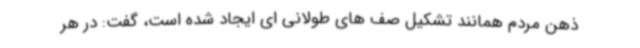
ذهن مردم همانند تشکیل صف های طولانی ای ایجاد شده است، گفت: در هر